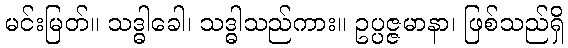
မင်းမြတ်။ သဒ္ဓါခေါ၊ သဒ္ဓါသည်ကား။ ဥပ္ပဇ္ဇမာနာ၊ ဖြစ်သည်ရှိ